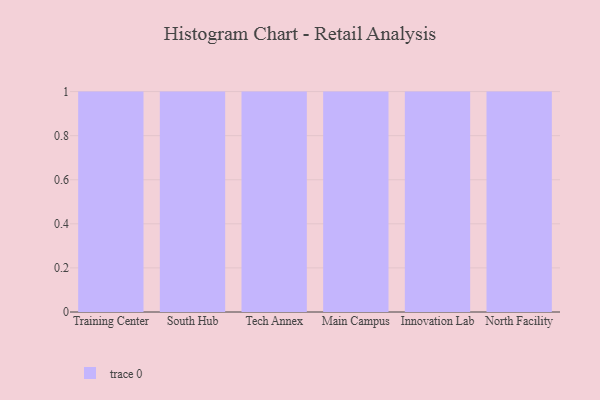
{"axis": {"x": "Campus", "y": "Waste Production (Tons)"}, "legend": [""], "data": [{"x": "Training Center", "y": 85, "type": ""}, {"x": "South Hub", "y": 18, "type": ""}, {"x": "Tech Annex", "y": 15, "type": ""}, {"x": "Main Campus", "y": 48, "type": ""}, {"x": "Innovation Lab", "y": 68, "type": ""}, {"x": "North Facility", "y": 76, "type": ""}]}